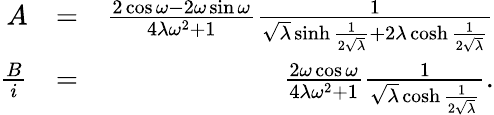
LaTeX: \begin{array}{rlr}{A}&{=}&{\frac{2\cos\omega-2\omega\sin\omega}{4\lambda\omega^{2}+1}\frac{1}{\sqrt{\lambda}\sinh\frac{1}{2\sqrt{\lambda}}+2\lambda\cosh\frac{1}{2\sqrt{\lambda}}}}\\ {\frac{B}{i}}&{=}&{\frac{2\omega\cos\omega}{4\lambda\omega^{2}+1}\frac{1}{\sqrt{\lambda}\cosh\frac{1}{2\sqrt{\lambda}}}.}\end{array}